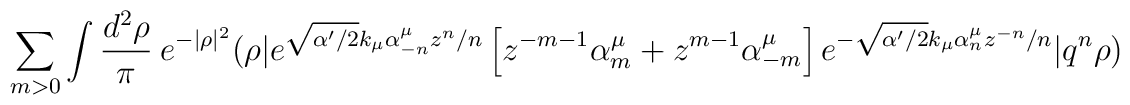
\sum_{m>0}\int \frac{d^2\rho}{\pi}\ e^{-|\rho|^2} (\rho|e^{\sqrt{\alpha'/2}k_\mu \alpha_{-n}^\mu z^n/n}\left[z^{-m-1}\alpha_m^\mu+z^{m-1}\alpha_{-m}^\mu\right]e^{-\sqrt{\alpha'/2}k_\mu \alpha_{n}^\mu z^{-n}/n}|q^n\rho)